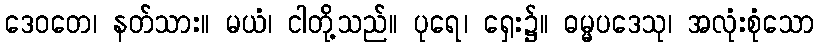
ဒေဝတေ၊ နတ်သား။ မယံ၊ ငါတို့သည်။ ပုရေ၊ ရှေး၌။ ဓမ္မပဒေသု၊ အလုံးစုံသော